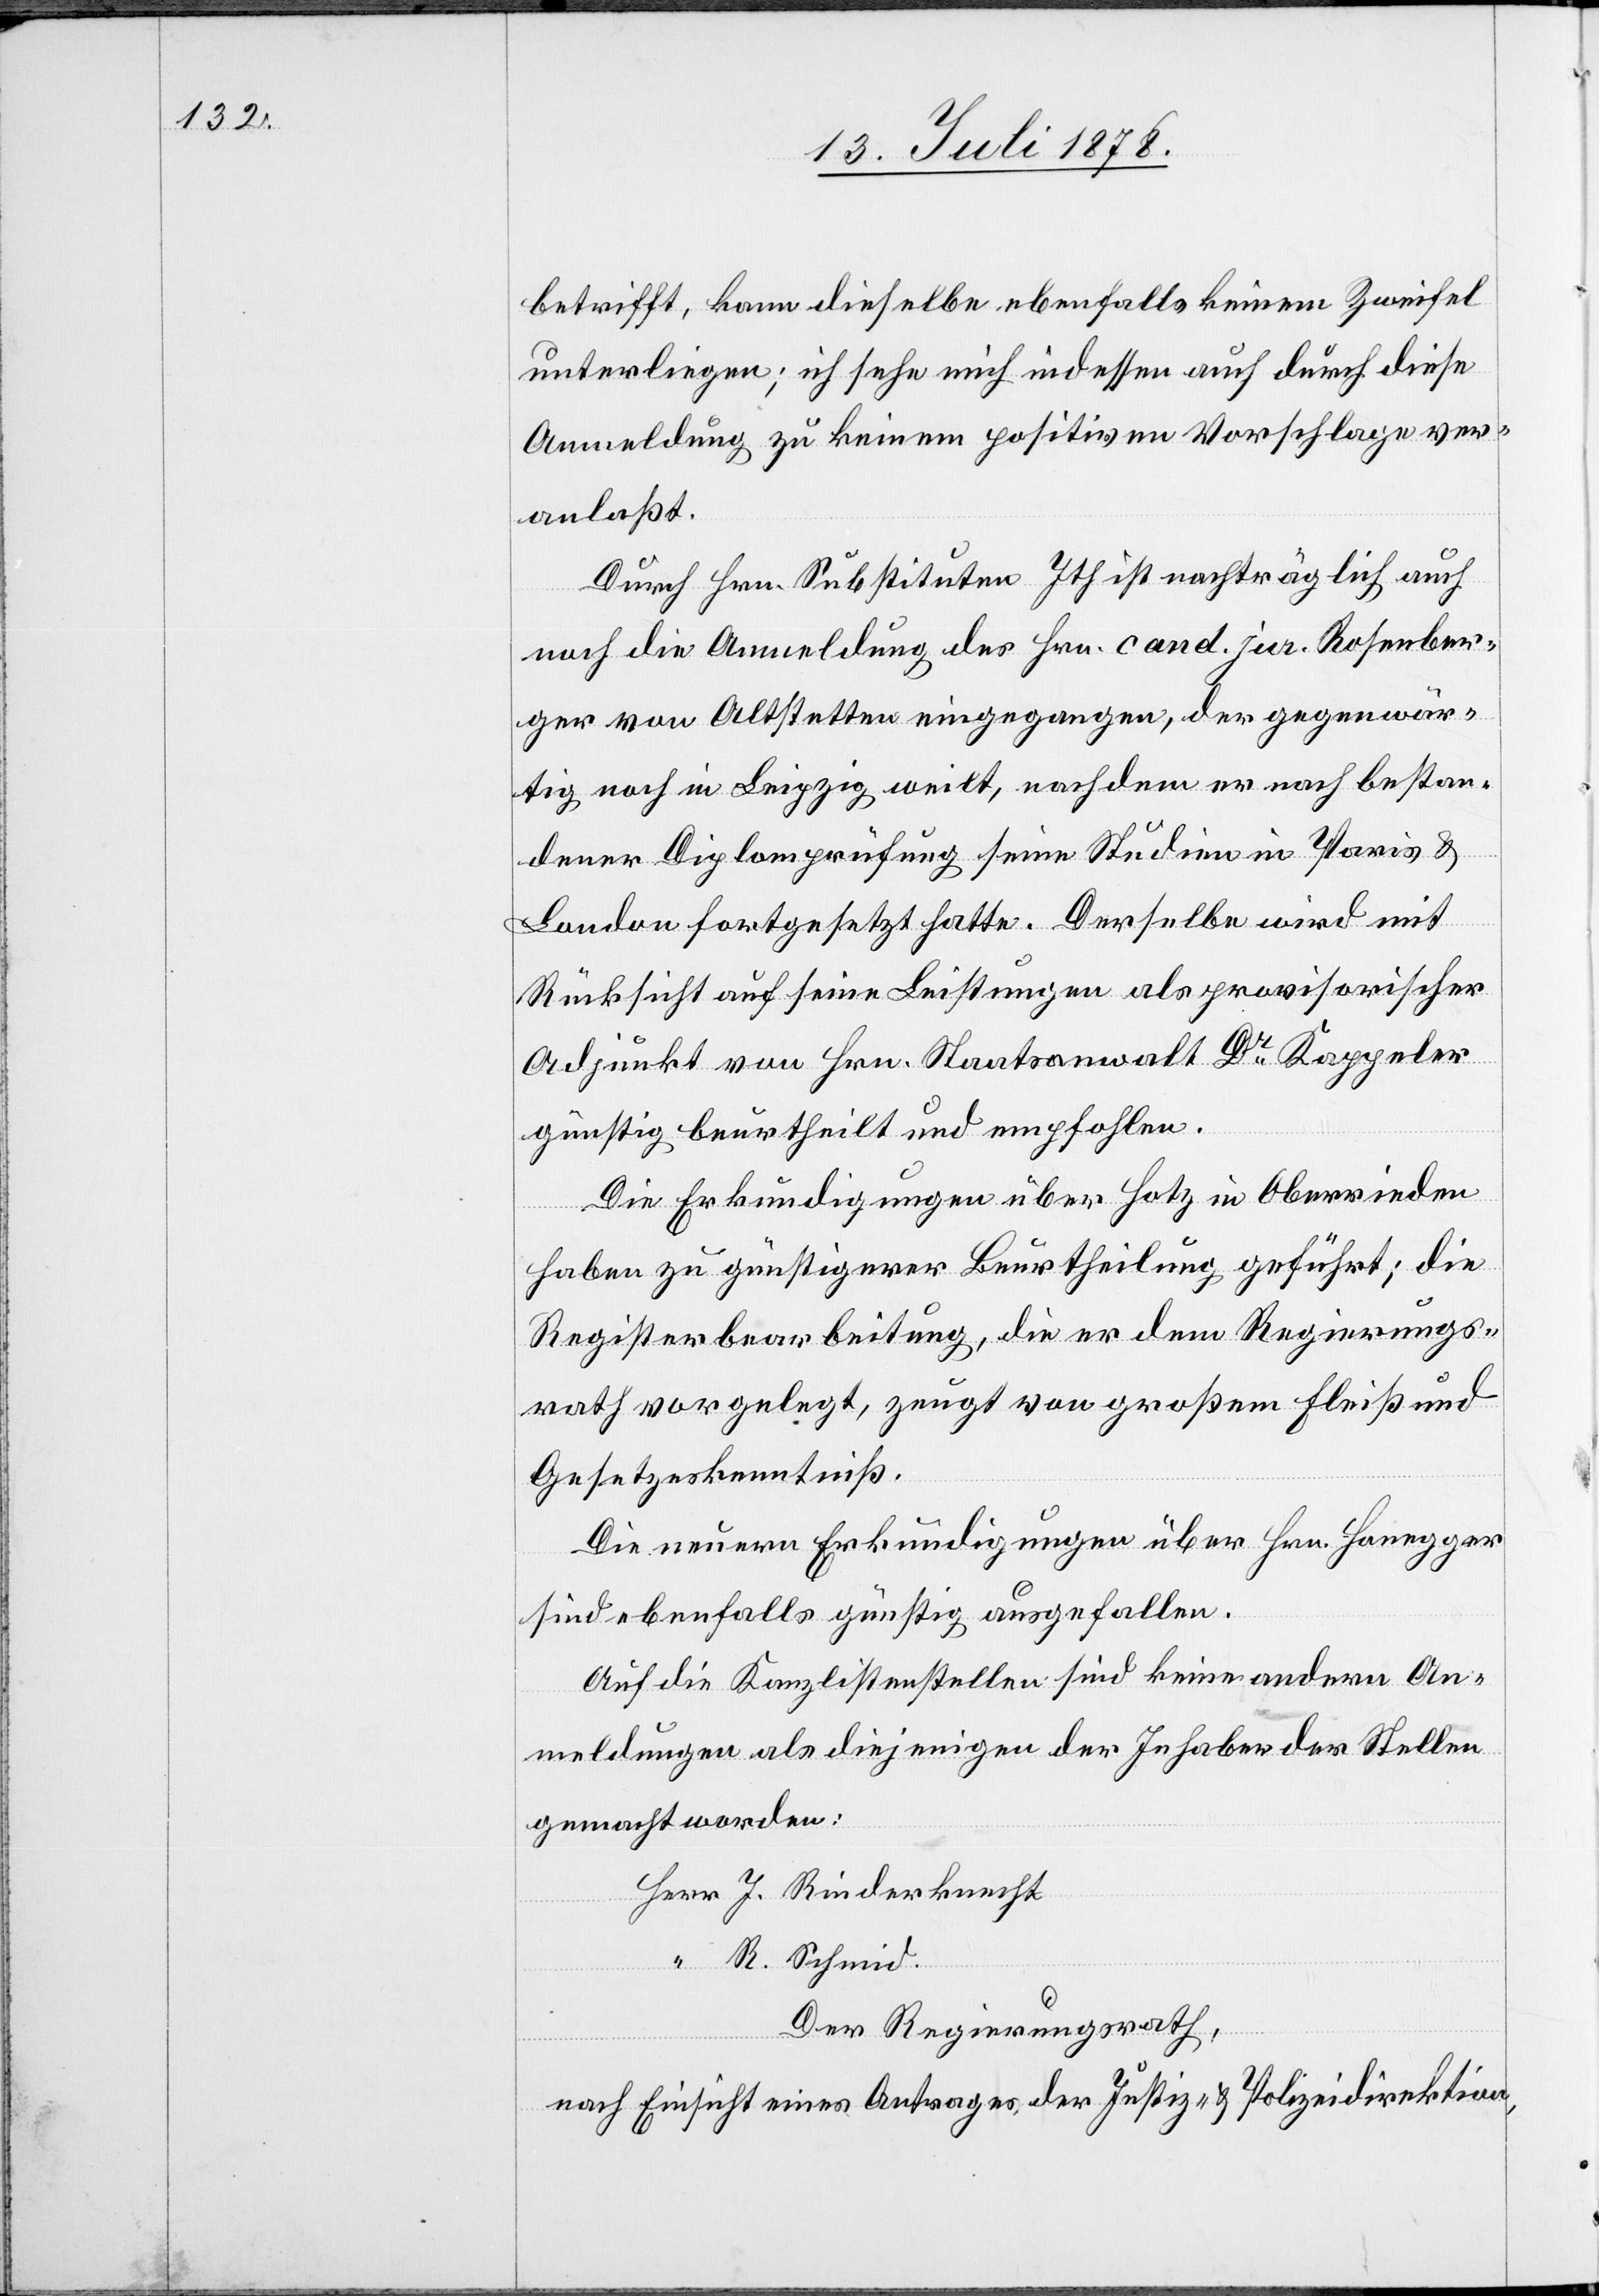
betrifft, kann dieselbe ebenfalls keinem Zweifel
unterliegen; ich sehe mich indessen auch durch diese
Anmeldung zu keinem positiven Vorschlage ver¬
anlaßt.
Durch Hrn. Substituten Ith ist nachträglich auch
noch die Anmeldung des Hrn. cand. jur. Rosenber¬
ger von Altstetten eingegangen, der gegenwär¬
tig noch in Leipzig weilt, nachdem er nach bestan¬
dener Diplomprüfung seine Studien in Paris &
London fortgesetzt hatte. Derselbe wird mit
Rücksicht auf seine Leistungen als provisorischer
Adjunkt von Hrn. Staatsanwalt Dr Kappeler
günstig beurtheilt und empfohlen.
Die Erkundigungen über Hotz in Oberrieden
haben zu günstigerer Beurtheilung geführt; die
Registerbearbeitung, die er dem Regierungs¬
rath vorgelegt, zeugt von großem Fleiß und
Gesetzeskenntniß.
Die neuern Erkundigungen über Hrn. Honegger
sind ebenfalls günstig ausgefallen.
Auf die Kanzlistenstellen sind keine andern An¬
meldungen als diejenigen der Inhaber der Stelle
gemacht worden:
Herr J. Rinderknecht
“ R. Schmid.
Der Regierungsrath,
nach Einsicht eines Antrages der Justiz- & Polizeidirektion,